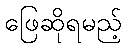
ဖြေဆိုရမည့်